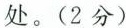
处。(2分)